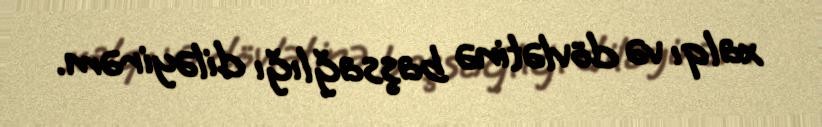
xalqı və dövlətinə başsağlığı diləyirəm.